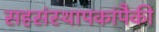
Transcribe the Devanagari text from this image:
सहसंस्थापकांपैकी